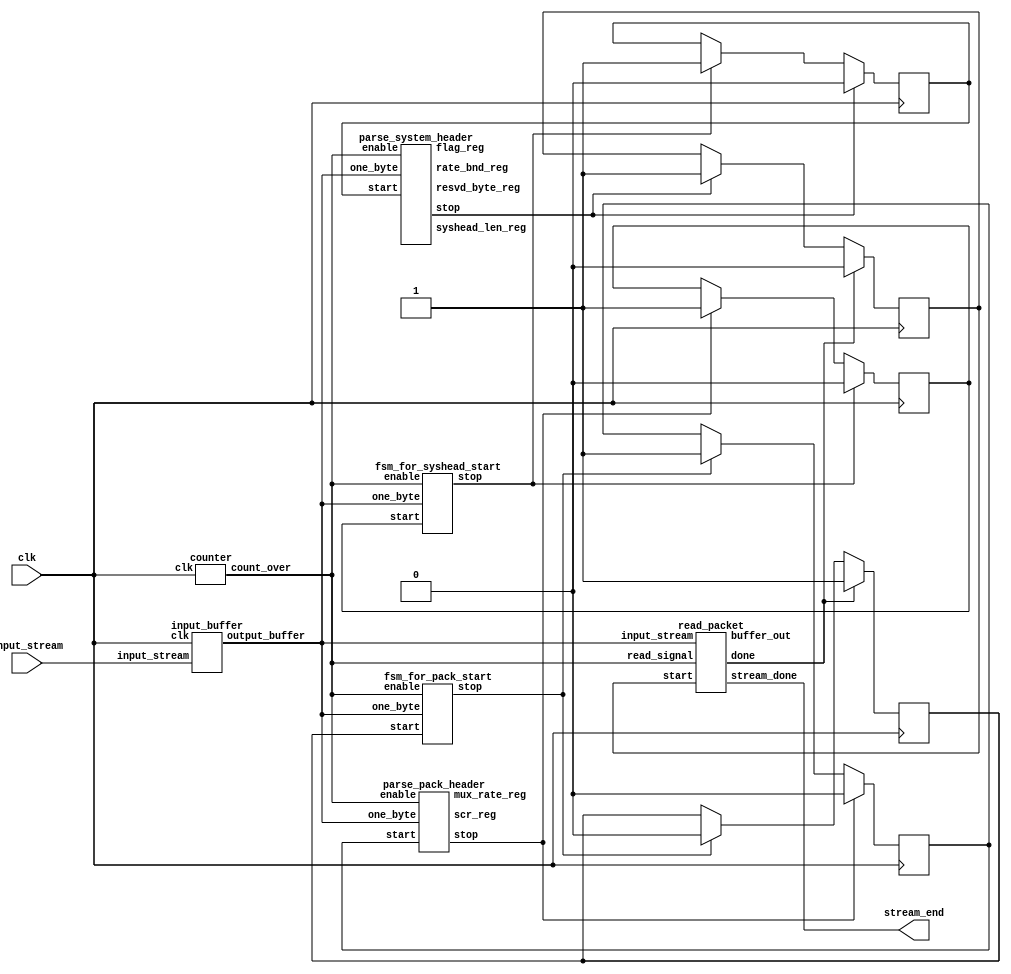
/* 
 * Main module 
 * Pray that it works!!!!
 *
 */

module main(clk,input_stream,stream_end);

   
   input input_stream;
   input clk;
   output stream_end;
   
   wire  stream_end;
   wire  input_stream;
   wire  read_enable;
   wire  clk;
   wire [7:0] buffer;
   wire [7:0] data_buffer;
   
   reg packHeadStart;
   reg packParseStart;
   reg sysHeadStart;
   reg sysHeadParseStart;
   reg packetStart;
   wire packHeadStop;
   wire packParseStop;
   wire sysHeadStop;
   wire sysHeadParseStop;
   wire packetStop;
   reg [2:0] main_state;
   wire [39:0] scr;
   wire [23:0] muxRate;

   wire [15:0] sysHeadLen;
   wire [23:0] rateBnd;
   wire [15:0] flagInfo;
   wire [7:0]  resvdByte;

  // initial clk=0;

   //always #1 clk=!clk;
   
   
   initial
      begin
	 packHeadStart=1;
	 packParseStart=0;
	 sysHeadStart=0;
	 sysHeadParseStart=0;
	 packetStart=0;
	 main_state=0;
	 
      end

   input_buffer          mod1(clk,input_stream,buffer);
   counter               mod2(clk,read_enable);
   fsm_for_pack_start    mod3(buffer,packHeadStart,read_enable,packHeadStop);
   parse_pack_header     mod4(buffer,packParseStart,read_enable,packParseStop,scr,muxRate);
   fsm_for_syshead_start mod5(buffer,sysHeadStart,read_enable,sysHeadStop);
   parse_system_header   mod6(buffer,sysHeadParseStart,read_enable,sysHeadParseStop,sysHeadLen,rateBnd,flagInfo,resvdByte);
   read_packet           mod7(packetStart,packetStop,buffer,read_enable,data_buffer,stream_end);
   
   
   
   always @(posedge clk)
      begin
//	 case (main_state)
	   
      
	      begin
		 if (packHeadStop==1)
		    begin
		       packParseStart=1;
		       packHeadStart=0;
		    end // if (packHeadStop==1)
		 if (packParseStop==1)
		    begin
		       sysHeadStart=1;
		       packParseStart=0;
		    end // if (packParseStop==1)
		 if (sysHeadStop==1)
		    begin
		       sysHeadParseStart=1;
		       sysHeadStart=0;
		    end // if (sysHeadStop==1)
		 if(sysHeadParseStop==1)
		    begin
		       packetStart=1;
		       sysHeadParseStart=0;
		    end // if (sysHeadParseStop==1)
		 if(packetStop  == 1)
		    begin
		       packetStart = 0;
		       packHeadStart=1;
		    end // if (packetStop  == 1)
	      
              end 
	     
	    //  endcase // case(main_state)
      end // always (@posedge clk)
   
    
	 

   
endmodule // main


/*
 *
 * This module reads the serial stream ` input_stream'  and saves it
 * temporarily in a 1 byte buffer output_buffer.
 *
 */
module input_buffer (clk,input_stream,output_buffer);

input clk;
input input_stream;
output [7:0] output_buffer;

wire input_stream;
reg [7:0] output_buffer;
reg [6:0] temp;

initial 
	begin
	output_buffer=8'b11111111;
	temp=7'b1111111;
	end

always @(posedge clk)
	begin
	temp[6:0]=output_buffer[7:1];
	output_buffer[6:0]=temp[6:0];
	output_buffer[7:7]=input_stream;
	end

endmodule

/* 
 * This module counts 8 clock cycles and then sets a flag `count_over'
 *
 */

module counter (clk,count_over);

input clk;
output count_over;

reg count_over;
reg[2:0] count_value;

initial
	begin
	count_over=0;
	count_value=3'b000;
	end

always @(posedge clk)
	begin
	if (count_value==3'b111)
		begin
		count_over=1;
		count_value=3'b000;
		end
	else 
		begin
		count_over=0;
		count_value=count_value+1;
		end
	end
	
endmodule

/* 
 *
 * This module checks if a valid pack_start code is received
 * Only when `start' is set to 1
 * On getting valid pack_start_code make `stop'=1 
 *
 */

module fsm_for_pack_start(one_byte,start,enable,stop);

//input clk;
input [7:0] one_byte;
input start;
input enable;
output stop;

//wire clk;
wire[7:0] one_byte;
wire start;
wire enable;
reg stop;

reg[2:0] state;

initial 
	begin
	stop=0;
	state=0;
	end


always @(posedge enable)
	begin
	if (start==1) 
	begin
	case (state)
		0:	begin
			case (one_byte)
			8'b00000000: state=1;
			default	   : state=0;	
			endcase
			end
		
		1:	begin
			case (one_byte)
			8'b00000000: state=2;
			default	   : state=0;	
			endcase
			end  

		2:	begin
			case (one_byte)
			8'b00000001: state=3;
			8'b00000000: state=1;
			default	   : state=0;	
			endcase
			end
		
		3:	begin
			case (one_byte)
			8'b01011101: begin
				     stop=1;
			             state=0;
				     end
			8'b00000000: state=1;
			default	   : state=0;
			endcase  
			end
  
	       
		    
	endcase
	end
	else stop=0;
	   
	end

endmodule	/* fsm_pack_head_start */


/*
 * 
 * This module parses the 8 bytes in the pack header after the pack_start_code
 * scr_reg holds the 33 bit scr value,4 bits for byte alignment and
 * 3 marker bits.
 * mux_rate_reg holds the 22 bit mux_rate and 2 marker bits.
 * when this is done `stop' is set to 1
 *
 */
 
module parse_pack_header(one_byte,start,enable,stop,scr_reg,mux_rate_reg);

//input clk;
input [7:0] one_byte;
input start;
input enable;
output stop;
output [39:0] scr_reg;
output [23:0] mux_rate_reg;

wire[7:0] one_byte;
wire start;
wire enable;
reg stop;
reg[39:0] scr_reg;
reg[23:0] mux_rate_reg;

reg[2:0] count;


initial
	begin
	stop=0;
	scr_reg=0;
	mux_rate_reg=0;
	count=3'b000;
	
/*...check maybe change these initial values later....*/
	end

//always
  // begin
    //  if (start==1)
	// stop=0;
   //end // always begin
   
always @(posedge enable)

if (start==1)
	begin
	case (count)
		3'b000: begin
			scr_reg[7:0]=one_byte[7:0];
			count=count+1;
			end
		3'b001: begin
			scr_reg[15:8]=one_byte[7:0];
			count=count+1;
			end
		3'b010: begin
			scr_reg[23:16]=one_byte[7:0];
			count=count+1;
			end
                3'b011: begin
			scr_reg[31:24]=one_byte[7:0];
			count=count+1;
			end
		3'b100: begin
			scr_reg[39:32]=one_byte[7:0];
			count=count+1;
			end
		3'b101: begin
			mux_rate_reg[7:0]=one_byte[7:0];
			count=count+1;
			end
		3'b110: begin
			mux_rate_reg[15:8]=one_byte[7:0];
			count=count+1;
			end
		3'b111: begin
			mux_rate_reg[23:16]=one_byte[7:0];
			stop=1;
			count=3'b000;
			end
	endcase
	end // if (start==1)
   
else stop=0;
   
   

endmodule

/*
 *
 * This module checks for the system_header_start_code and sets `stop'=1
 * when it is recognised.
 *
 */

module fsm_for_syshead_start(one_byte,start,enable,stop);

//input clk;
input [7:0] one_byte;
input start;
input enable;
output stop;

wire[7:0] one_byte;
wire start;
wire enable;
reg stop;
reg[2:0] state;

initial 
	begin
	stop=0;
	state=0;
	end

//always  @(posedge enable)
  // begin
    //  if (start==1)
	// stop=0;
   //end // always begin
      
always @(posedge enable)
	begin
	if (start==1) 
	begin
	   case(state)
		0:	begin
			case (one_byte)
			  8'b00000000:state=1;
			  default    : state=0;	
			endcase
			end
		
		1:	
			begin
			case (one_byte)
			8'b00000000: state=2;
			default	   : state=0;	
			endcase
			end  

		2:	begin
			case (one_byte)
			8'b10000000: state=3;
			default	   : state=0;	
			endcase
			end
		
		3:	begin
			case (one_byte)
			8'b11011101: begin
					state=7;
					stop=1;
				     end
			8'b00000000: state=1;
			default	   : state=0;
			endcase // case(one_byte)
		   
			end // case: 3
	        7:
		        begin
		       // if (start==0)
			   stop=0;
			end // case: 7
			  
			  
	endcase
	end

	end

endmodule

/*
 *
 * This module parses the 8 bytes of the system header after the 
 * system_header_start_code.
 * syshead_len_reg (2 bytes) : #of bytes in header after start code
 * rate_bnd_reg : 22 bit bound on mux rate and 2 marker bits
 * flag_reg :audio and video bounds and some flags
 * resvd_byte_reg : 1 reserved byte (0xFF)
 *
 */ 

module parse_system_header(one_byte,start,enable,stop,syshead_len_reg,rate_bnd_reg,flag_reg,resvd_byte_reg);

//input clk;
input [7:0] one_byte;
input start;
input enable;
output stop;
output [15:0] syshead_len_reg;
output [23:0] rate_bnd_reg;
output [15:0] flag_reg;
output [7:0] resvd_byte_reg;

wire[7:0] one_byte;
wire start;
wire enable;
reg stop;
reg[15:0] syshead_len_reg;
reg[23:0] rate_bnd_reg;
reg[15:0] flag_reg;
reg[7:0] resvd_byte_reg;

reg[2:0] count;
reg flag;
reg[1:0] count1;

reg[23:0] Mem[0:7];
reg[7:0] stream_id_temp;
reg[15:0] stream_temp;
reg [23:0] stream_temp1;
   
integer i;

initial
	begin
	stop=0;
	syshead_len_reg=0;
	rate_bnd_reg=0;
	flag_reg=0;
	resvd_byte_reg=0;
	count=3'b000;
	count1=0;
	flag=0;
//	for (i=0;i< 8;i=i+1)
//		Mem[i]=0;
	Mem[0]=0;
	Mem[1]=0;
	Mem[2]=0;
	Mem[3]=0;
	Mem[4]=0;
	Mem[5]=0;
	Mem[6]=0;
	Mem[7]=0;

	stream_temp=0;
	   stream_temp1 = 0;
	   
	stream_id_temp=0;
	end

//always
  // begin
    //  if (start==1)
	// begin
	// stop=0;
        // flag=0;
	// end // if (start==1)
      
//   end // always begin
   
always @(posedge enable)
   begin
      
if ((start==1)&&(flag==0))
	begin
	case (count)
		3'b000: begin
			syshead_len_reg[7:0]=one_byte[7:0];
			count=count+1;
			end
		3'b001: begin
			syshead_len_reg[15:8]=one_byte[7:0];
			count=count+1;
			end
		3'b010: begin
			rate_bnd_reg[7:0]=one_byte[7:0];
			count=count+1;
			end
                3'b011: begin
			rate_bnd_reg[15:8]=one_byte[7:0];
			count=count+1;
			end
		3'b100: begin
			rate_bnd_reg[23:16]=one_byte[7:0];
			count=count+1;
			end
		3'b101: begin
			flag_reg[7:0]=one_byte[7:0];
			count=count+1;
			end
		3'b110: begin
			flag_reg[15:8]=one_byte[7:0];
			count=count+1;
			end
		3'b111: begin
			resvd_byte_reg[7:0]=one_byte[7:0];
			flag=1;
			count=3'b000;
			end
	endcase // case(count)
	end // if ((start==1)&&(flag==0))
   
	if ((start==1)&&(flag==1))
	   begin
	      if (one_byte[0:0]==1)
	      begin
		    
		case(count1)
		2'b00:	begin
			stream_id_temp[7:0]=one_byte[7:0];
		 	count1=count1+1;
			end
		2'b01:	begin
			stream_temp[7:0]=one_byte[7:0];
		 	count1=count1+1;
			end
		2'b10:	begin
			stream_temp[15:8]=one_byte[7:0];
		 	count1=0;
		        stream_temp1[7:0] = stream_temp;
     
			case (stream_id_temp)

			8'b00000011: 
			             begin
					Mem[0]=stream_temp1;
					stop=1;
				     end // case: 8'b00000011
			  
			8'b10000011: begin
			             Mem[1]=stream_temp1;
			             stop=1;
			             end
			   
			8'b01000011: begin
			             Mem[2]=stream_temp1;
			             stop=1;
			             end
			8'b11000011: begin
			             Mem[3]=stream_temp1;
			             stop=1;
			             end
			8'b00000111: begin
			             Mem[4]=stream_temp1;
			   
			             stop=1;
			             end
			8'b10000011: begin
                                     Mem[5]=stream_temp1;
			             stop=1;
			             end   
			8'b01000011: begin
			             Mem[6]=stream_temp1;
			  
			             stop=1;
			             end   
			8'b11000011: begin
			             Mem[7]=stream_temp1;
			   
			             stop=1;
			             end
			   
			endcase // case(stream_id_temp)
		   
		end // case: 2'b10
		  
		  
		endcase // case(count1)
		 
	      end // if (one_byte[0:0]==1)
	   
	   end // if ((start==1)&&(flag==1))
   
	   
   if (start==0) stop=0;
   
   end // always @ (posedge enable)
   
endmodule


module read_packet (start,done,input_stream,read_signal,buffer_out,stream_done);
   

 input start;
 output done;
 input [7:0] input_stream;
 input read_signal;
 output [7:0] buffer_out;
 output stream_done;
   

 reg 	stream_done;
 reg done;
// reg buffer_in;
 wire[7:0] input_stream;
 reg[7:0] buffer_out;
 wire prefix_stop;
 reg[3:0] state;
 reg[7:0] stream_id;
 reg[15:0] packet_length;
// reg[7:0] packet_byte;
 //reg[15:0] byte_counter;
 
 reg STD_buffer_scale;
 reg[12:0] STD_buffer_size; 
 reg time_stamp_start;
 wire time_stamp_stop;
 reg [15:0] NumBytes;
 wire [3:0] timeStampBytes;
 reg timeStampFlag;
 reg packet_done;
 wire prefix_start;
   
 
 initial
    begin
       state = 15;
       time_stamp_start = 0;
       timeStampFlag = 0;
       done = 0;
       STD_buffer_size=0;
       NumBytes=0;
       STD_buffer_scale=0;
       packet_length=0;
       buffer_out=0;
       stream_id=0;
       stream_done = 0;
       packet_done = 1;
       
    end // initial begin

   assign prefix_start = start & packet_done;
   
   
//initial $monitor("%0d, %b %b %b %b %b",$time,state,input_stream,stream_id,read_signal,NumBytes);
always @(posedge read_signal)
 begin
  case(state)
    15:
        if (start == 1)
         begin
          state = 0;
         end
        
    0: 
	if (prefix_stop == 1)
	   begin
	      if (input_stream == 8'b10111010)
		 begin
		    done = 1;
		    state = 8;
		 end // if (input_stream == 8'b10111010)
	      else
		 begin
		    
		    if (input_stream == 8'b10111001)
		       begin
		       done = 1;
		       stream_done = 1;
		       state = 8;
		       end // if (input_stream = 8'b10111001)
		    else
		       begin
			  state = 2;
			  packet_done = 0;
			  stream_id = input_stream;
		       end // else: !if(input_stream = 8'b10111001)
		 end // else: !if(input_stream == 8'b10111010)
	   end // if (prefix_stop == 1)
    
   
   2:
	  begin
            packet_length[15:8] = input_stream;
	    state = 3;
          end
   3:
         begin
            packet_length[7:0] = input_stream;
            NumBytes = packet_length;
            if (stream_id == 8'hbf)
               begin
                 time_stamp_start = 0;
		 state = 7;
               end
            else
               state = 4;
          end
      
   4:  
      if (input_stream != 8'hff)
	 begin
           if (input_stream[1:0] == 2'b01)
              begin
                state = 5;
                STD_buffer_scale = input_stream[2];
                STD_buffer_size[4:0] = input_stream[7:3];
              end
           else
             begin
              state = 6;
              timeStampFlag = 1;
              time_stamp_start = 1;
            end
         end
       else
             NumBytes = NumBytes - 1;
         
  5:
    
       begin
           state = 6;
           STD_buffer_size[12:5] = input_stream;
           NumBytes = NumBytes - 1;
           timeStampFlag = 0;
           time_stamp_start = 1;
       end       
          
  6:
      if (time_stamp_stop == 1)
	 begin
	 if ((NumBytes - timeStampBytes) == 0)
	    state = 0;
	 else
          begin  
          timeStampFlag = 0;
          buffer_out = input_stream;
          NumBytes = NumBytes - timeStampBytes;
          if (NumBytes > 1)
              begin
                state = 7;
              end
          if (NumBytes == 1)
              begin
                 state = 0;
                 packet_done = 1;
              end
          time_stamp_start = 0;
          end  
       end   
   7:
     begin 
      if (NumBytes  > 1)
         begin
	  buffer_out = input_stream;
          NumBytes = NumBytes - 1;
         end
      else
         begin
          buffer_out = input_stream;
	    state = 0;
          packet_done = 1;
        end
      end

    8: 
       if (start == 0)
       begin
        done = 0;
	 packet_done = 0;
	  
	state = 15;
       end
   endcase 
       
end
//always 
  // begin
    //  if (time_stamp_stop == 1)
	// Begin
 /*         if ((NumBytes - timeStampBytes) == 0) */
/*            begin */
/*              packet_done = 1; */
/* 	   end */
/*          end */
	    
//    end

          
start_code_prefix  module1(start,prefix_stop,input_stream,read_signal);
//time_stamps        module2(time_stamp_start,time_stamp_stop,input_stream,read_signal,timeStampBytes,timeStampFlag);
time_stamps        module2(time_stamp_start,time_stamp_stop,input_stream,read_signal,timeStampBytes,timeStampFlag);
endmodule



module time_stamps(start,done,input_stream,read_signal,timeBytes,flag);

input start;

input read_signal;
input [7:0] input_stream;
output done;
output [3:0] timeBytes;
input flag;

wire[7:0] input_stream;
reg done;
reg [3:0] timeBytes;
reg[3:0] state;
reg[32:0] PTS;
reg[32:0] DTS;
reg [3:0] nextstate;

   

initial
 begin
  done = 0;  
  state = 0;
  PTS=0;
  DTS=0;
  timeBytes=0;
  nextstate = 0;
    
 end

always @(posedge read_signal)
begin
  case(state)
  
  0:
     begin
     if ((start == 1) && (flag == 0))
       begin
        if (input_stream[3:0] == 4'b0010)
          begin
	   state = 1;
           PTS[32:30] = input_stream[6:4];
	 end
        if (input_stream[3:0] == 4'b0011)
          begin
           state = 2;
           PTS[32:30] = input_stream[6:4];
          end
        if (input_stream == 8'b00001111)
          begin
           timeBytes = 1;
           state = 15;
           done = 1;
          end
       end
      if ((start == 1) && (flag == 0))
	 state = nextstate;
	
        
     end	
  
  1:
    begin
     PTS[29:22] = input_stream;
     state = 3;
   end
 
 2:
  begin
     PTS[29:22] = input_stream;
     state = 6;
   end

 15:
    if (start == 0)
     begin
      done  = 0;
      state = 0;
     end
      
 3:
   begin
     PTS[21:15] = input_stream[6:0];
     state = 4;
   end
 4:
   begin
    PTS[14:7] = input_stream;
    state = 5;
   end

 5:
   begin
    PTS[6:0] = input_stream[6:0];
    timeBytes = 5;
    state = 15;
    done = 1;
   end

6:
  begin
     PTS[21:15] = input_stream[6:0];
     state = 7;
   end
 7:
   begin
    PTS[14:7] = input_stream;
    state = 8;
   end

 8:
   begin
    PTS[6:0] = input_stream[6:0];
    state = 9;
    done = 1;
   end
  
 9:
   begin
    state = 10;
    DTS[32:30] = input_stream[6:4];
  end

10:
    begin
     DTS[29:22] = input_stream;
     state = 11;
   end

11:
   begin
    DTS[21:15] = input_stream[6:0];
     state = 12;
   end
 12:
   begin
    DTS[14:7] = input_stream;
    state = 13;
   end

 13:
   begin
    DTS[6:0] = input_stream[6:0];
    timeBytes = 10;
    state = 15;
    done = 1;
   end

endcase

end
   
endmodule

module start_code_prefix(start,done,input_stream,read_signal);
   
   input start;
   output done;
   input [7:0] input_stream;
   input  read_signal;
   
   reg 	  done;
   wire [7:0] input_stream;
   wire       read_signal;
   reg [1:0]  state;
   wire       start;
   
   initial 
      begin
	  state = 0;
	 done = 0;
      end
   //initial  $monitor("%0d %b %b %b %b",$time,state,input_stream,read_signal,start);
   always @(posedge read_signal)
      begin
  case(state)
    
    2'b00:
       if ((input_stream == 0) && (start == 1))
		     begin
			state = 2'b01;
		     end
    2'b01:
       begin
		   if (input_stream == 0)
		      begin
			 state = 2'b10;
		      end
	  if (input_stream != 0)
		     state = 2'b00;
       end
    
    2'b10:
       begin
	  if (input_stream == 1)
		  begin
		     state = 2'b11;
		     done = 1;
		  end
	  if (input_stream == 0)
	     begin
		state = 2'b01;
		    end
	  if (input_stream > 1)
	     begin
		state = 2'b01;
	     end 
       end
    2'b11:
       if (start == 0)
	  begin
	     state = 2'b00;
	     done = 0;
	  end
  endcase
      end    
   
endmodule